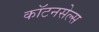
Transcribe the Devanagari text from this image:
कॉटनसेल्स